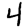
Digit: 4